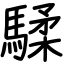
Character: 騥